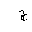
Letter: _gim